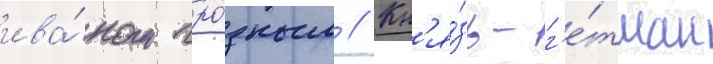
ива́ном гро́зным // Кн'я́зь-г'е́тман